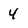
Character: 4